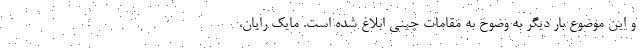
و این موضوع بار دیگر به وضوح به مقامات چینی ابلاغ شده است. مایک رایان،